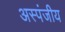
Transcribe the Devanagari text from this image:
अस्पंजीय